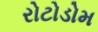
રોટોડોમ